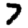
Digit: 7